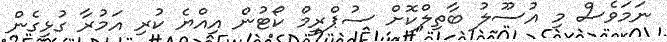
ނަމަވެސް މި އުސޫލު ބާތިލްކޮށް ސުޕްރީމް ކޯޓުން އިއްޔެ ކުރި އަމުރާ ގުޅިގެން